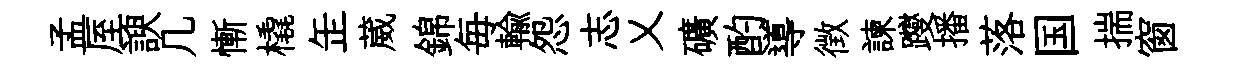
孟厔諛几慚橇𦈢葳錦毎輸怨志乂礦酌導徴諫躞播落国揣窗